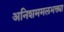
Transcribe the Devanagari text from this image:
अनिशममलभक्त्या